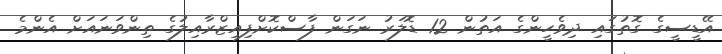
އޭޑީސީގެ ގޮތުގައި ދިވެހީންގެ އަތުން 12 ޑޮލަރު ނަގަން ފާސްކޮށްފިއިޒްރާއިލުގެ ތިންވަނައަށް އެންމެ